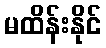
မထိန်းနိုင်